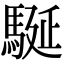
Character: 駳